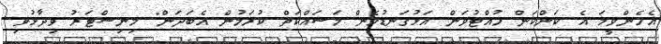
އެހެންވީމަ އެ ކަންކަން ހުއްޓުވަން އަޅުގަނޑުމެން މަސައްކަތް ކުރަމުން އެބަދަން" މިނިސްޓަރު ވިދާޅުވި